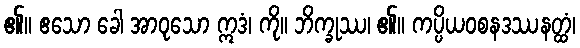
၏။ ဧသော ခေါ အာဝုသော ဣဒံ၊ ကို။ ဘိက္ခုဿ၊ ၏။ ကပ္ပိယဝစနဒဿနတ္ထံ၊